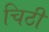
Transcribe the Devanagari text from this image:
चिठी